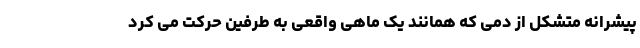
پیشرانه متشکل از دمی که همانند یک ماهی واقعی به طرفین حرکت می کرد